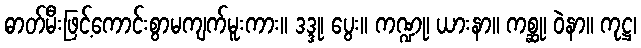
ဓာတ်မီးဖြင့်ကောင်းစွာမကျက်မူးကား။ ဒဒ္ဒု၊ ပွေး။ ကဏ္ဍု၊ ယားနာ။ ကစ္ဆု၊ ဝဲနာ။ ကုဋ္ဌ၊